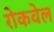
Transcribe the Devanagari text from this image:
रोकवेल